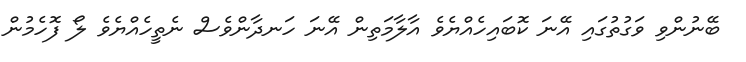
ބޭނުންވި ވަގުތުގައި އޭނަ ކޮބައިހެއްޔެވެ އާލާމަތިން އޭނަ ހަނދާންވެސް ނެތީހެއްޔެވެ ލޯ ފޮހެމުން